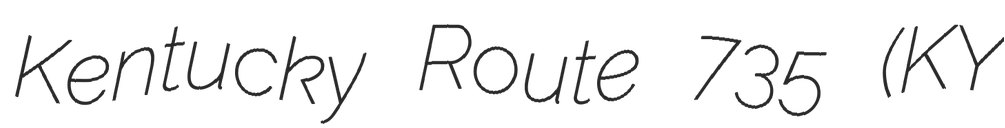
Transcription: Kentucky Route 735 (KY